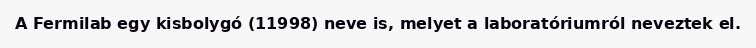
A Fermilab egy kisbolygó (11998) neve is, melyet a laboratóriumról neveztek el.